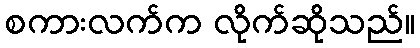
စကားလက်က လိုက်ဆိုသည်။